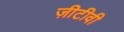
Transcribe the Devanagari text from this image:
ज़ीटीवी